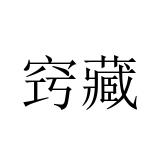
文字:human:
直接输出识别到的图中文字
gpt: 窍藏